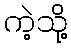
ကဲ့သို့